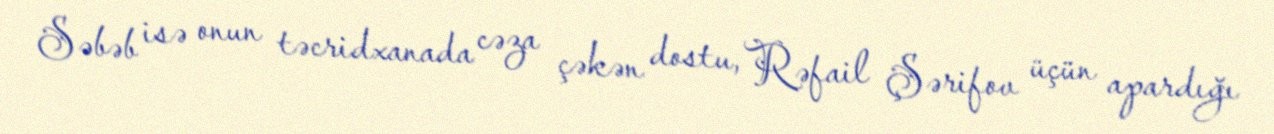
Səbəb isə onun təcridxanada cəza çəkən dostu, Rəfail Şərifov üçün apardığı